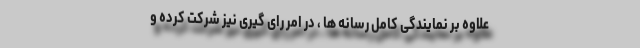
علاوه بر نمایندگی کامل رسانه ها ، در امر رای گیری نیز شرکت کرده و